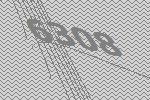
6308